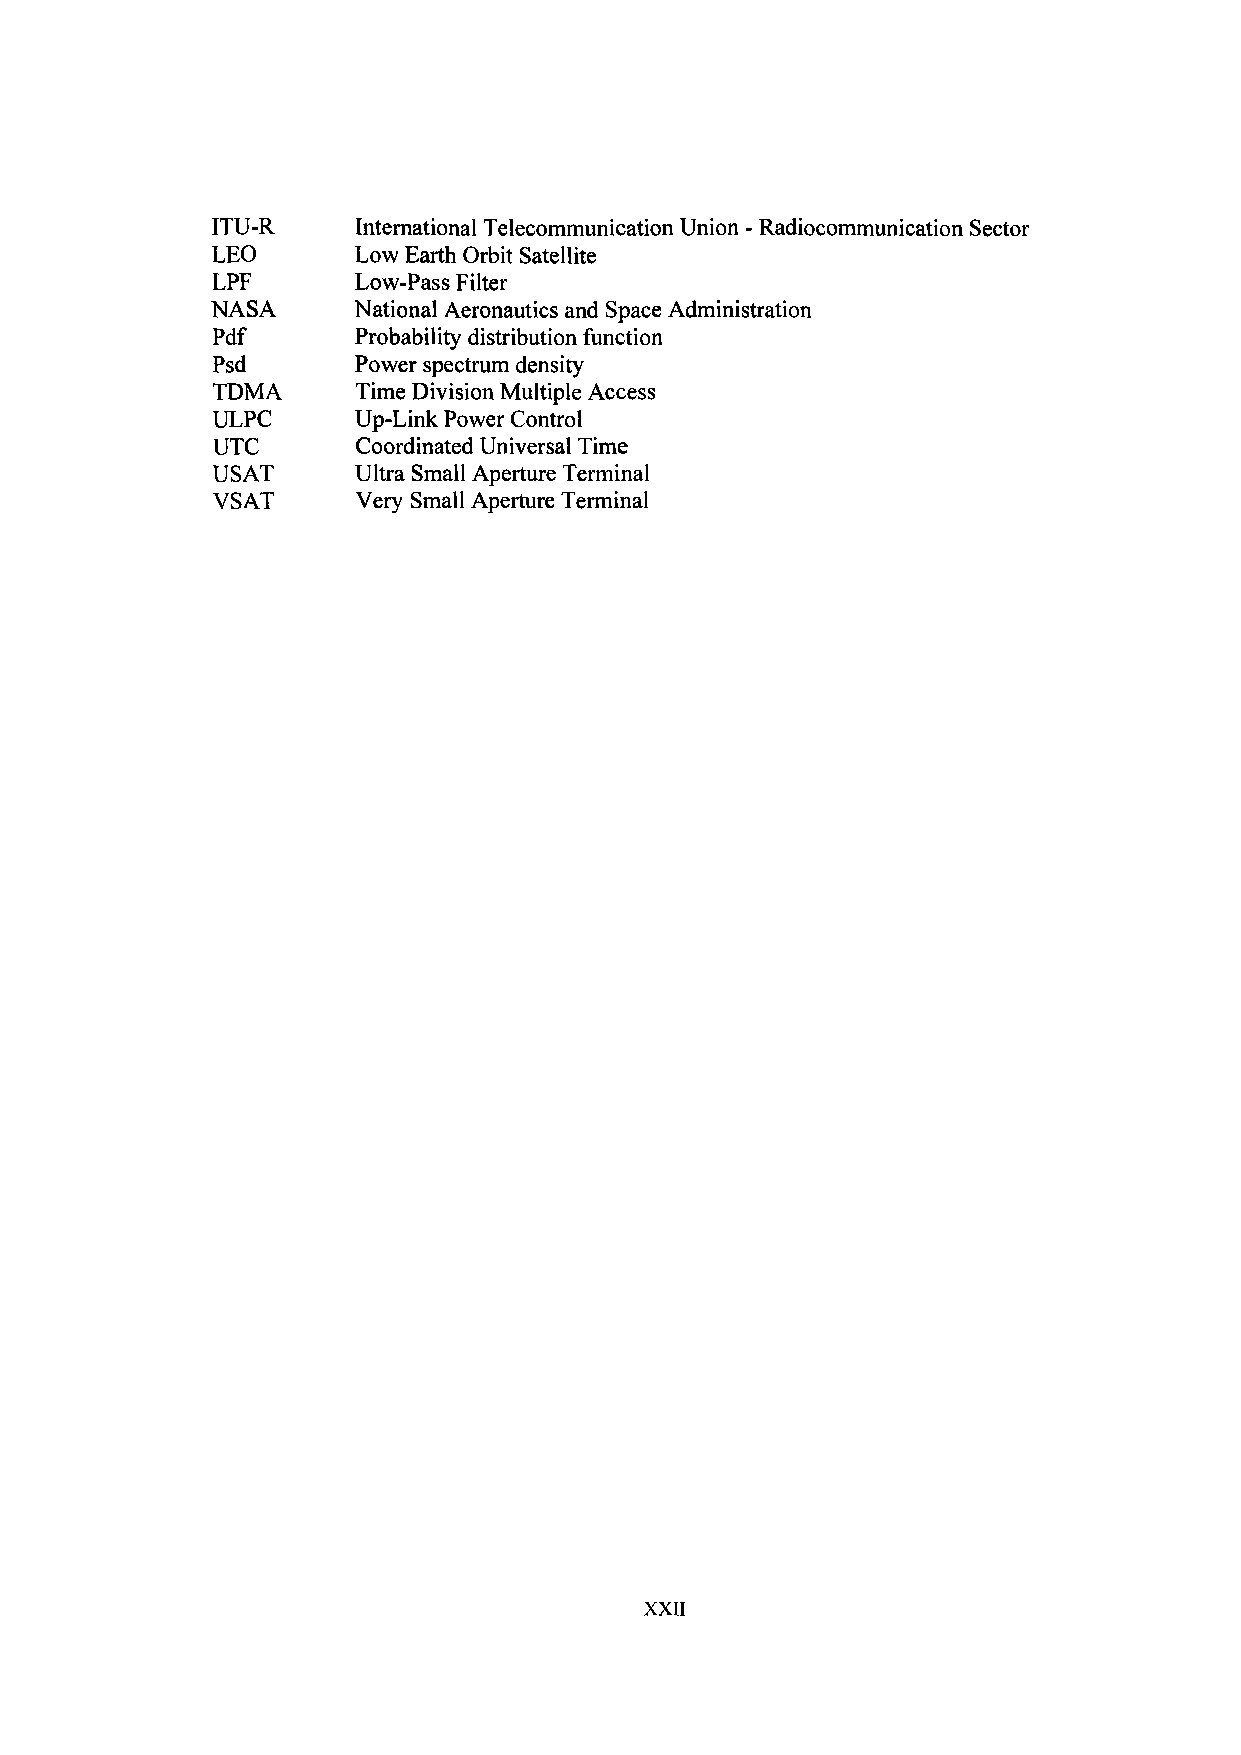
ITU-R     International Telecommunication Union - Radiocommunication Sector
 LEO       Low Earth Orbit Satellite
 LPF       Low-Pass Filter
 NASA     National Aeronautics and Space Administration
 Pdf       Probability distribution function
 Psd       Power spectrum density
 TDMA      Time Division Multiple Access
 ULPC     Up-Link Power Control
 UTC       Coordinated Universal Time
 USAT     Ultra Small Aperture Terminal
 VSAT      Very Small Aperture Terminal
 XXII